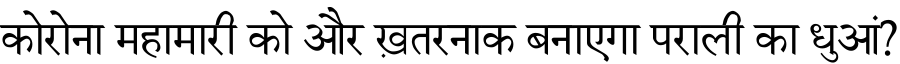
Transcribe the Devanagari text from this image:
कोरोना महामारी को और ख़तरनाक बनाएगा पराली का धुआं?